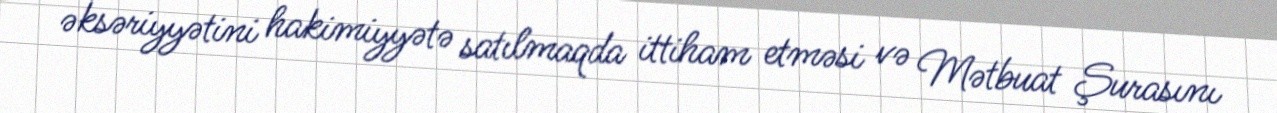
əksəriyyətini hakimiyyətə satılmaqda ittiham etməsi və Mətbuat Şurasını